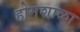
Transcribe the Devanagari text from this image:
होमशाळा